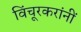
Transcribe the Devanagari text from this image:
विंचूरकरांनीं